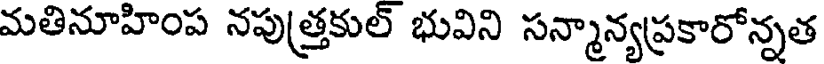
మతినూహింప నపుత్రకుల్ భువిని సన్మాన్యప్రకారోన్నత